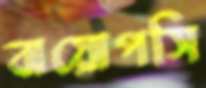
বায়োপসি